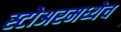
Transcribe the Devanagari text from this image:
स्टोअरमध्येच